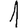
Digit: 1